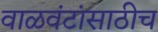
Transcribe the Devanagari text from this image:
वाळवंटांसाठीच